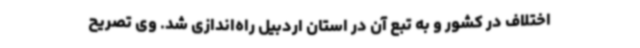
اختلاف در کشور و به تبع آن در استان اردبیل راه‌اندازی شد. وی تصریح